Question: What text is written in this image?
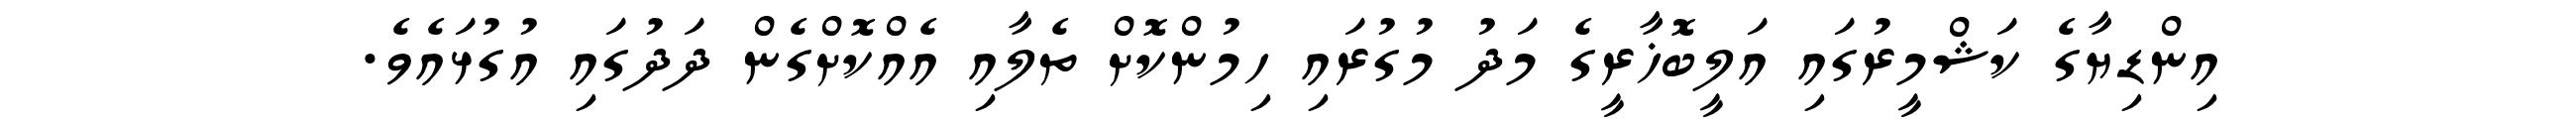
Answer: އިންޑިޔާގެ ކަޝްމީރުގައި އަލީބޮޚާރީގެ މަދު މުގުރައި ހިމުންކޮށް ތެލާއި އެއްކޮށްގެން ދަދުގައި އުގުޅައެވެ.